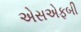
એસએફબી